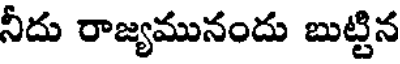
నీదు రాజ్యమునందు బుట్టిన